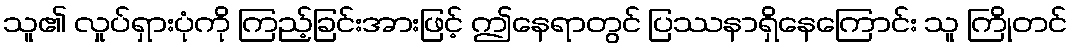
သူ၏ လှုပ်ရှားပုံကို ကြည့်ခြင်းအားဖြင့် ဤနေရာတွင် ပြဿနာရှိနေကြောင်း သူ ကြိုတင်